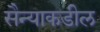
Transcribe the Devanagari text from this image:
सैन्याकडील